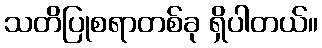
သတိပြုစရာတစ်ခု ရှိပါတယ်။